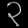
Digit: ၃